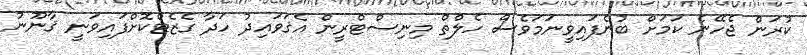
ކުރަން ޖެހޭނެ ކަމަށް ބުނެފައިވީނަމަވެސް ހެލްތް މިނިސްޓްރީން އެޤަވައިދު ހަދާ ގެޒެޓްކޮށްފައިވަނީ ޤާނޫނު